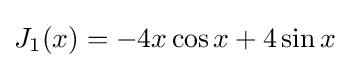
J_{1}(x)=-4x\cos x+4\sin x